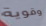
وقوية